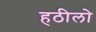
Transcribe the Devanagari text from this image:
हठीलो